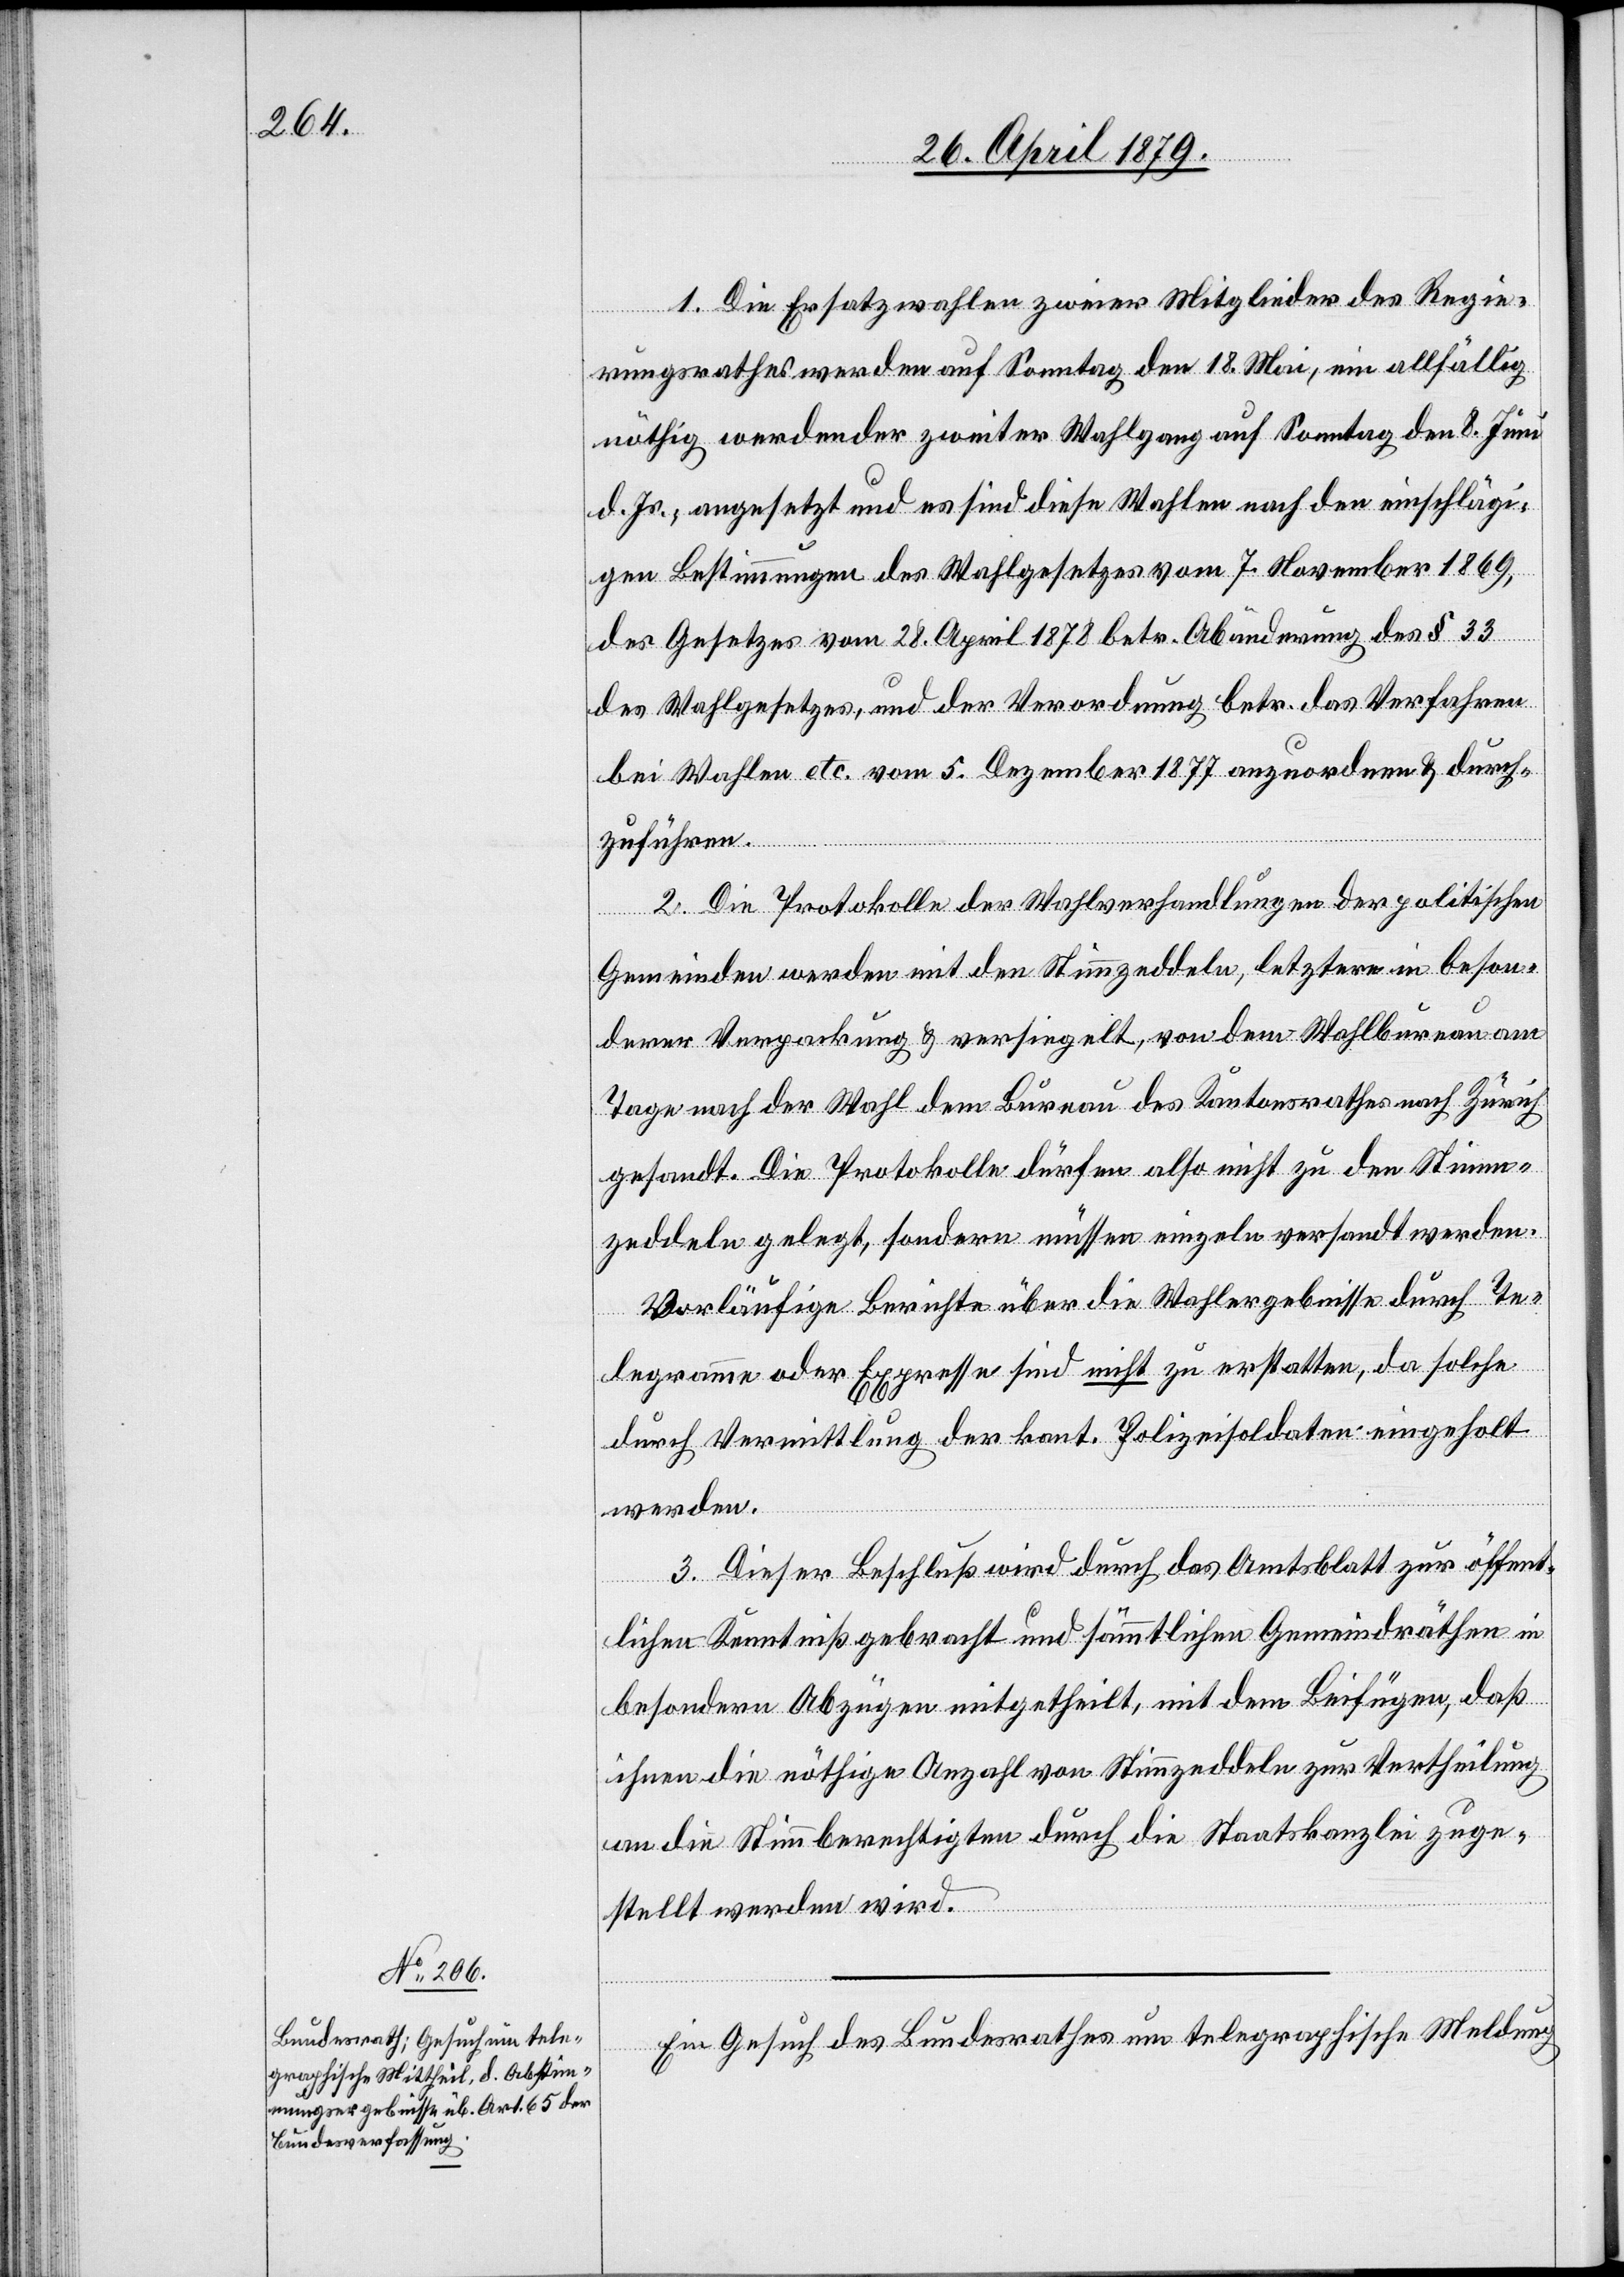
28. April 1879.]
1. Die Ersatzwahlen zweier Mitglieder des Regie¬
rungsrathes werden auf Sonntag den 18. Mai, ein allfällig
nöthig werdender zweiter Wahlgang auf Sonntag den 8. Juni
d. Js., angesetzt und es sind diese Wahlen nach den einschlägi¬
gen Bestimmungen des Wahlgesetzes vom 7. November 1869,
des Gesetzes vom 28. April 1878 betr. Abänderung des § 33
des Wahlgesetzes, und der Verordnung betr. das Verfahren
bei Wahlen etc. vom 5. Dezember 1877 anzuordnen & durch¬
zuführen.
2. Die Protokolle der Wahlverhandlungen der politischen
Gemeinden werden mit den Stimmzeddeln, letztere in beson¬
derer Verpackung & versiegelt, von dem Wahlbureau am
Tage nach der Wahl dem Bureau des Kantonsrathes nach Zürich
gesandt. Die Protokolle dürfen also nicht zu den Stimm¬
zeddeln gelegt, sondern müssen einzeln versandt werden.
Vorläufige Berichte über die Wahlergebnisse durch Te¬
legramme oder Expresse sind nicht zu erstatten, da solche
durch Vermittlung der kant. Polizeisoldaten eingeholt
werden.
3. Dieser Beschluß wird durch das Amtsblatt zur öffent¬
lichen Kenntniß gebracht und sämmtlichen Gemeindräthen in
besondern Abzügen mitgetheilt, mit dem Beifügen, daß
ihnen die nöthige Anzahl von Stimmzeddeln zur Vertheilung
an die Stimmberechtigten durch die Staatskanzlei zuge¬
stellt werden wird.
Ein Gesuch des Bundesrathes um telegraphische Meldung